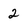
Character: 2